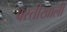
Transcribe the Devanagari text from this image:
वस्तीखाली